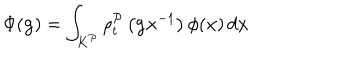
LaTeX: \Phi ( \mathbf { g } ) = \int _ { K ^ { \mathcal { P } } } \rho _ { t } ^ { \mathcal { P } } \left( \mathbf { g x } ^ { - 1 } \right) \phi ( \mathbf { x } ) \, d \mathbf { x }